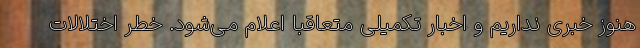
هنوز خبری نداریم و اخبار تکمیلی متعاقباً اعلام می‌شود. خطر اختلالات